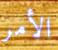
الأمر